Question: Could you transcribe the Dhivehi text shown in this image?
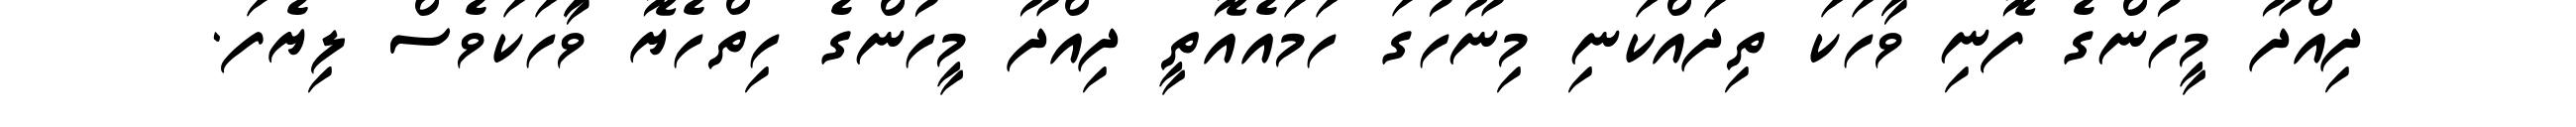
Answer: ދިއްދޫ މީހުންގެ ފޮނި ވާހަކަ ތިދައްކަނި މިނޫހުގަ ހަމައެއޮތީ ދިއްދޫ މީހުންގެ ހިތްހެޔޮ ވާަހަކަވެސް ލިޔެފަ.